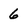
Character: 6